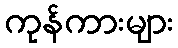
ကုန်ကားများ